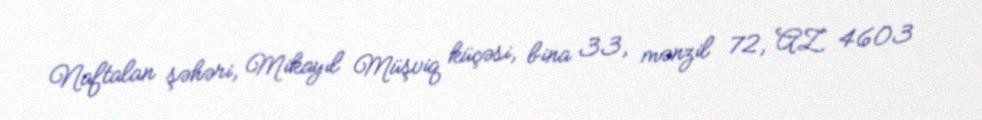
Naftalan şəhəri, Mikayıl Müşviq küçəsi, bina 33, mənzil 72, AZ 4603